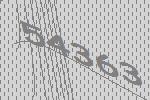
54363